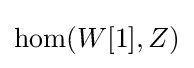
\operatorname {hom} (W[1],Z)